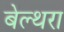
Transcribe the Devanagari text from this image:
बेल्‍थरा